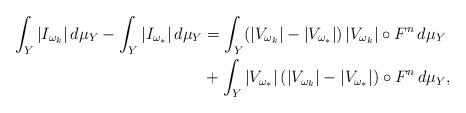
LaTeX: \begin{align*}\int_Y |I_{\omega_k}|\,d\mu_Y -\int_Y |I_{\omega_*}|\,d\mu_Y & = \int_Y(|V_{\omega_k}|-|V_{\omega_*}|)\,|V_{\omega_k}|\circ F^n\,d\mu_Y\\ & + \int_Y |V_{\omega_*}|\,(|V_{\omega_k}|-|V_{\omega_*}|)\circ F^n\,d\mu_Y,\end{align*}